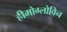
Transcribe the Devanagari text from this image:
हीमोग्लोविन